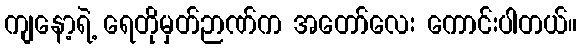
ကျနော့ရဲ့ ရေတိုမှတ်ဉာဏ်က အတော်လေး ကောင်းပါတယ်။